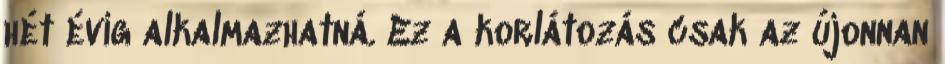
hét évig alkalmazhatná. Ez a korlátozás csak az újonnan